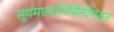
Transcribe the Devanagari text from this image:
सूर्यमालानिर्मितीनंतर